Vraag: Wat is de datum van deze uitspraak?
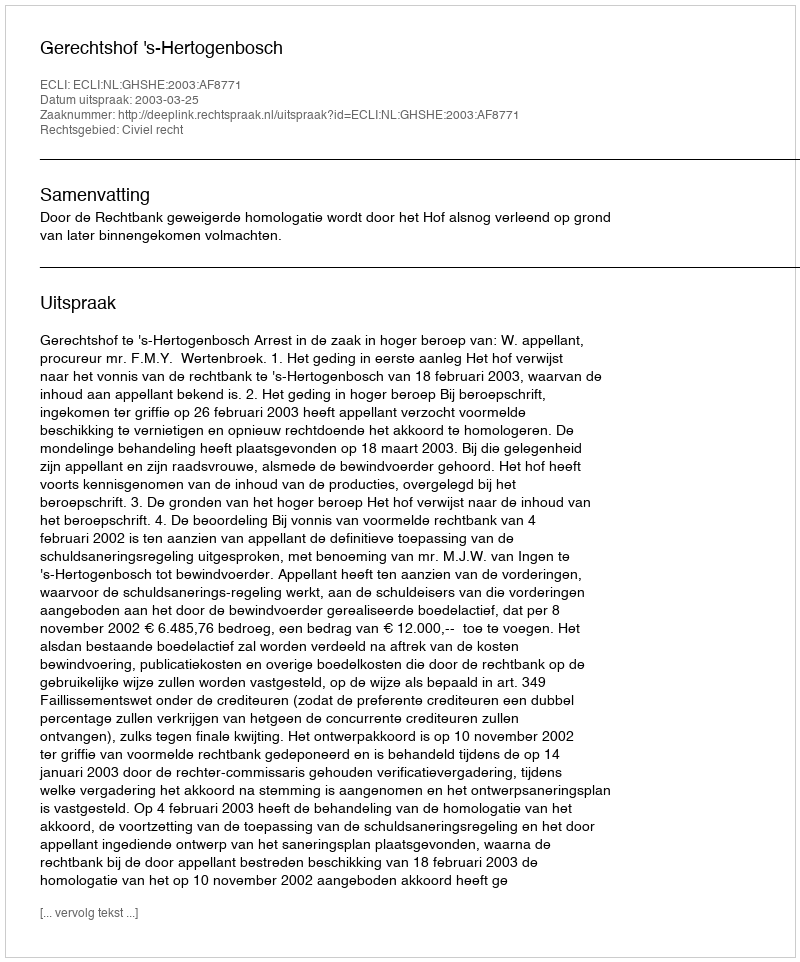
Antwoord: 2003-03-25